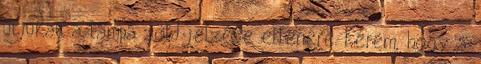
útjukat a lámpa zöld jelzése ellenére. Kérem, hogy a